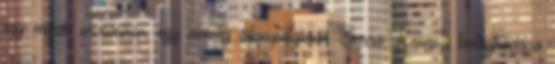
egy másik orvosukon, egy norvég állampolgáron Sierra Leone-i tartózkodása